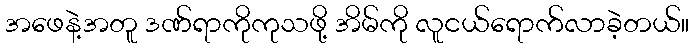
အဖေနဲ့အတူ ဒဏ်ရာကိုကုသဖို့ အိမ်ကို လူငယ်ရောက်လာခဲ့တယ်။